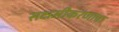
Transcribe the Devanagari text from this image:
सक्षमीकरणाचा